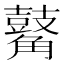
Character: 𪔝